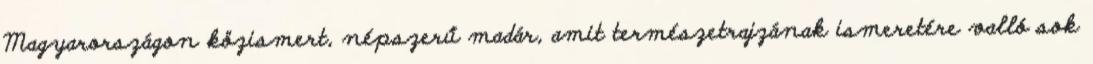
Magyarországon közismert, népszerű madár, amit természetrajzának ismeretére valló sok